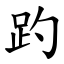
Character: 趵